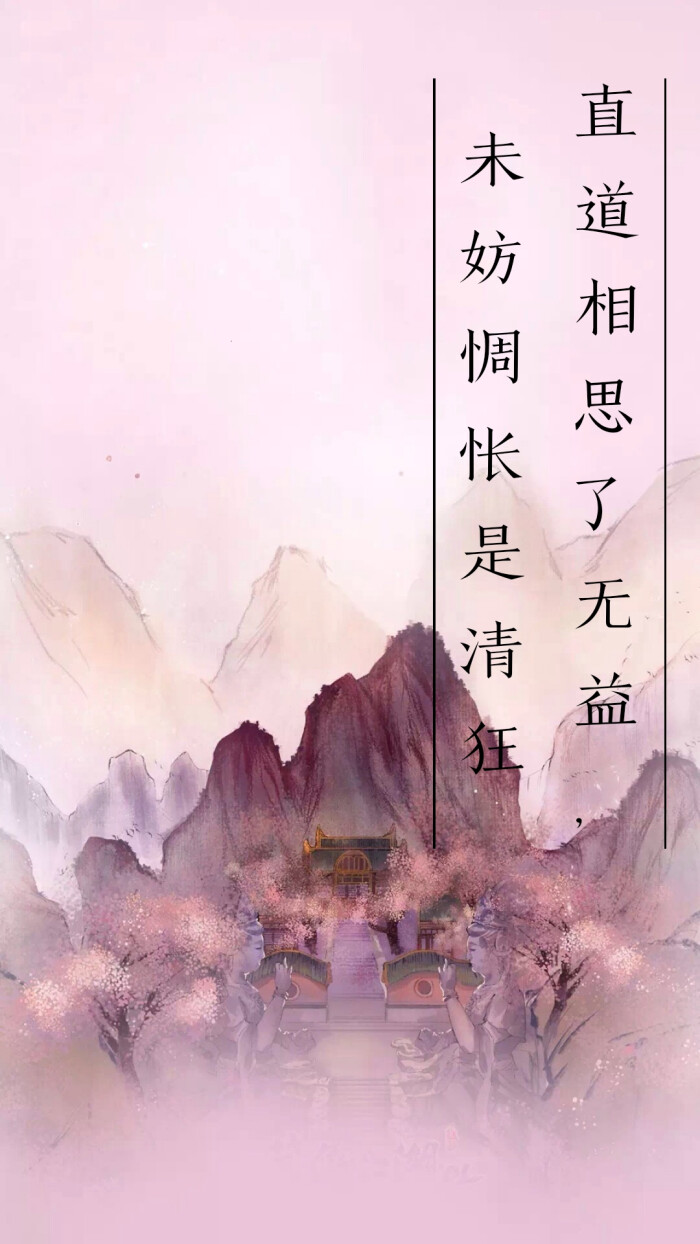
直道相思了无益，未妨惆怅是清狂。